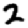
Digit: 2